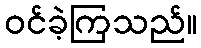
ဝင်ခဲ့ကြသည်။